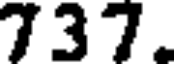
737.